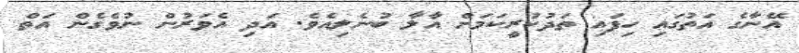
އޭނާގެ އަތުގައި ހިފައި ތަދުކުރީކަމަށް އާލާ ބުނެލިއެވެ. އަދި އެވަރުން ނުވެގެން އަތް